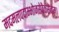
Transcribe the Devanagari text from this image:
मदमलपदाम्भोजसेवैकसेवाम्।